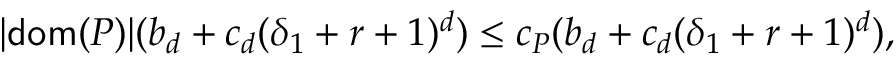
| \mathsf { d o m } ( P ) | ( b _ { d } + c _ { d } ( \delta _ { 1 } + r + 1 ) ^ { d } ) \leq c _ { P } ( b _ { d } + c _ { d } ( \delta _ { 1 } + r + 1 ) ^ { d } ) ,